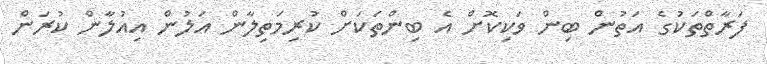
ފަރާތްތަކުގެ އަތުން ބިން ވަކިކޮށް އެ ބިންތަކަށް ކުރިމަތިލާން އަލުން އިއުލާން ކުރަން